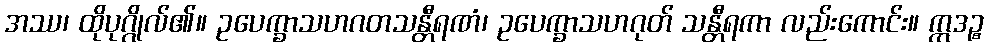
အဿ၊ ထိုပုဂ္ဂိုလ်၏။ ဥပေက္ခာသဟဂတသန္တီရဏံ၊ ဥပေက္ခာသဟဂုတ် သန္တီရကာ လည်းကောင်း။ ဣဒဉ္စ